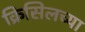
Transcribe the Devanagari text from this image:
क्रिसिलच्या